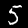
Label: 5